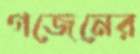
গজেনের